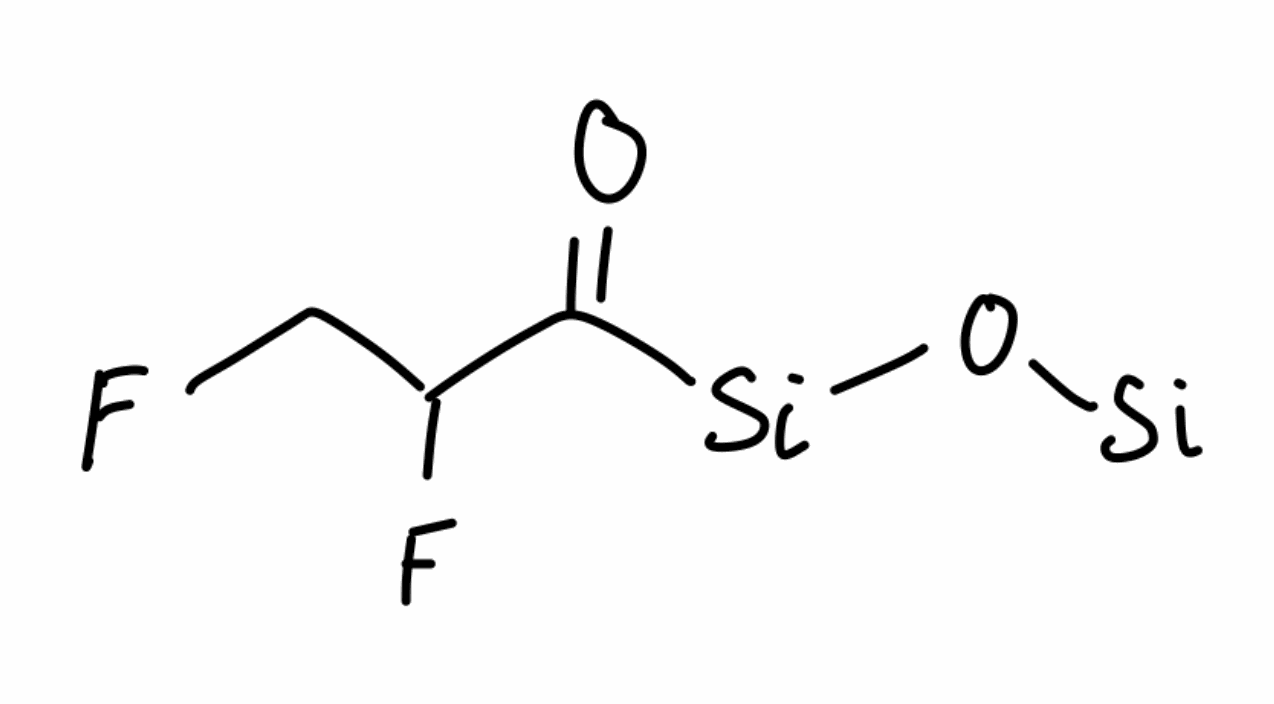
Simplified molecular-input line-entry system (SMILES) notation of the given molecule:
C(C(C(=O)[Si]O[Si])F)F